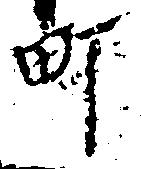
町